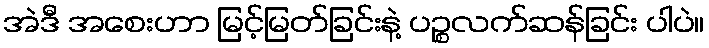
အဲဒီ အစေးဟာ မြင့်မြတ်ခြင်းနဲ့ ပဉ္စလက်ဆန်ခြင်း ပါပဲ။